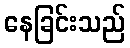
နေခြင်းသည်